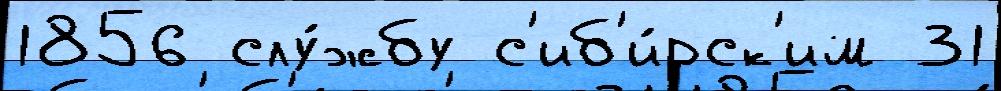
1856 слу́жбу с'иб'и́рск'им 31